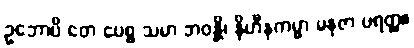
ဥဘောပိ တေ ပေစ္စ သမာ ဘဝန္တိ၊ နိဟီနကမ္မာ မနုဇာ ပရတ္ထ။